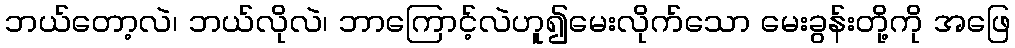
ဘယ်တော့လဲ၊ ဘယ်လိုလဲ၊ ဘာကြောင့်လဲဟူ၍မေးလိုက်သော မေးခွန်းတို့ကို အဖြေ